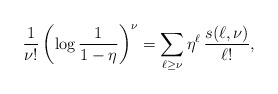
\begin{align*}\frac{1}{\nu!}\left(\log\frac{1}{1-\eta}\right)^{\nu}=\sum_{\ell\ge \nu}\eta^{\ell}\,\frac{s(\ell,\nu)}{\ell!},\end{align*}